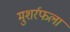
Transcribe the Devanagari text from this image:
मुशर्रफला